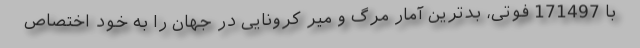
با 171497 فوتی، بدترین آمار مرگ و میر کرونایی در جهان را به خود اختصاص